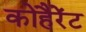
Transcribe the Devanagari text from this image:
कोहैरेंट